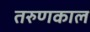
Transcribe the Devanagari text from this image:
तरुणकाल